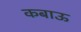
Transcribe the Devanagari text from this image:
कबाऊ